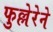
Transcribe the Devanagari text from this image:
फुल्लेरेने